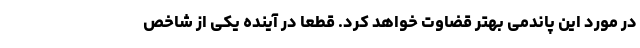
در مورد این پاندمی بهتر قضاوت خواهد کرد. قطعا در آینده یکی از شاخص